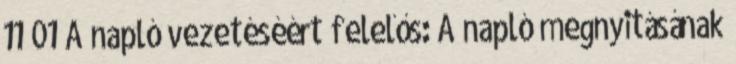
11 01 A napló vezetéséért felelős: A napló megnyitásának